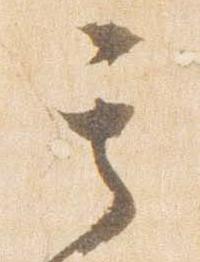
其